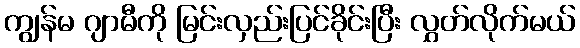
ကျွန်မ ဂျာမီကို မြင်းလှည်းပြင်ခိုင်းပြီး လွှတ်လိုက်မယ်